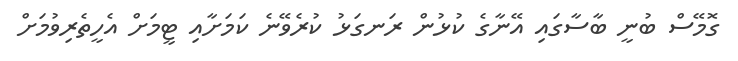
ގޮމޭސް ބުނީ ބާސާގައި އޭނާގެ ކުޅުން ރަނގަޅު ކުރެވޭނެ ކަމަށާއި ޓީމަށް އެހީތެރިވުމަށް